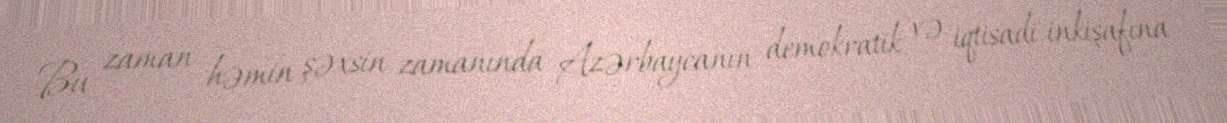
Bu zaman həmin şəxsin zamanında Azərbaycanın demokratik və iqtisadi inkişafına